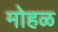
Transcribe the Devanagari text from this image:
मोहळ